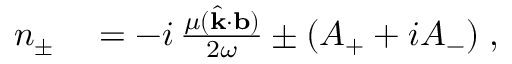
\begin{array} { r l } { n _ { \pm } } & { { } = - i \, \frac { \mu ( \hat { \bf { k } } \cdot { \bf { b } } ) } { 2 \omega } \pm ( A _ { + } + i A _ { - } ) \; , } \end{array}